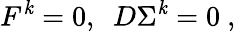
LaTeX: F^{\mathit{k}}=0,~~D\Sigma^{\mathit{k}}=0\ ,